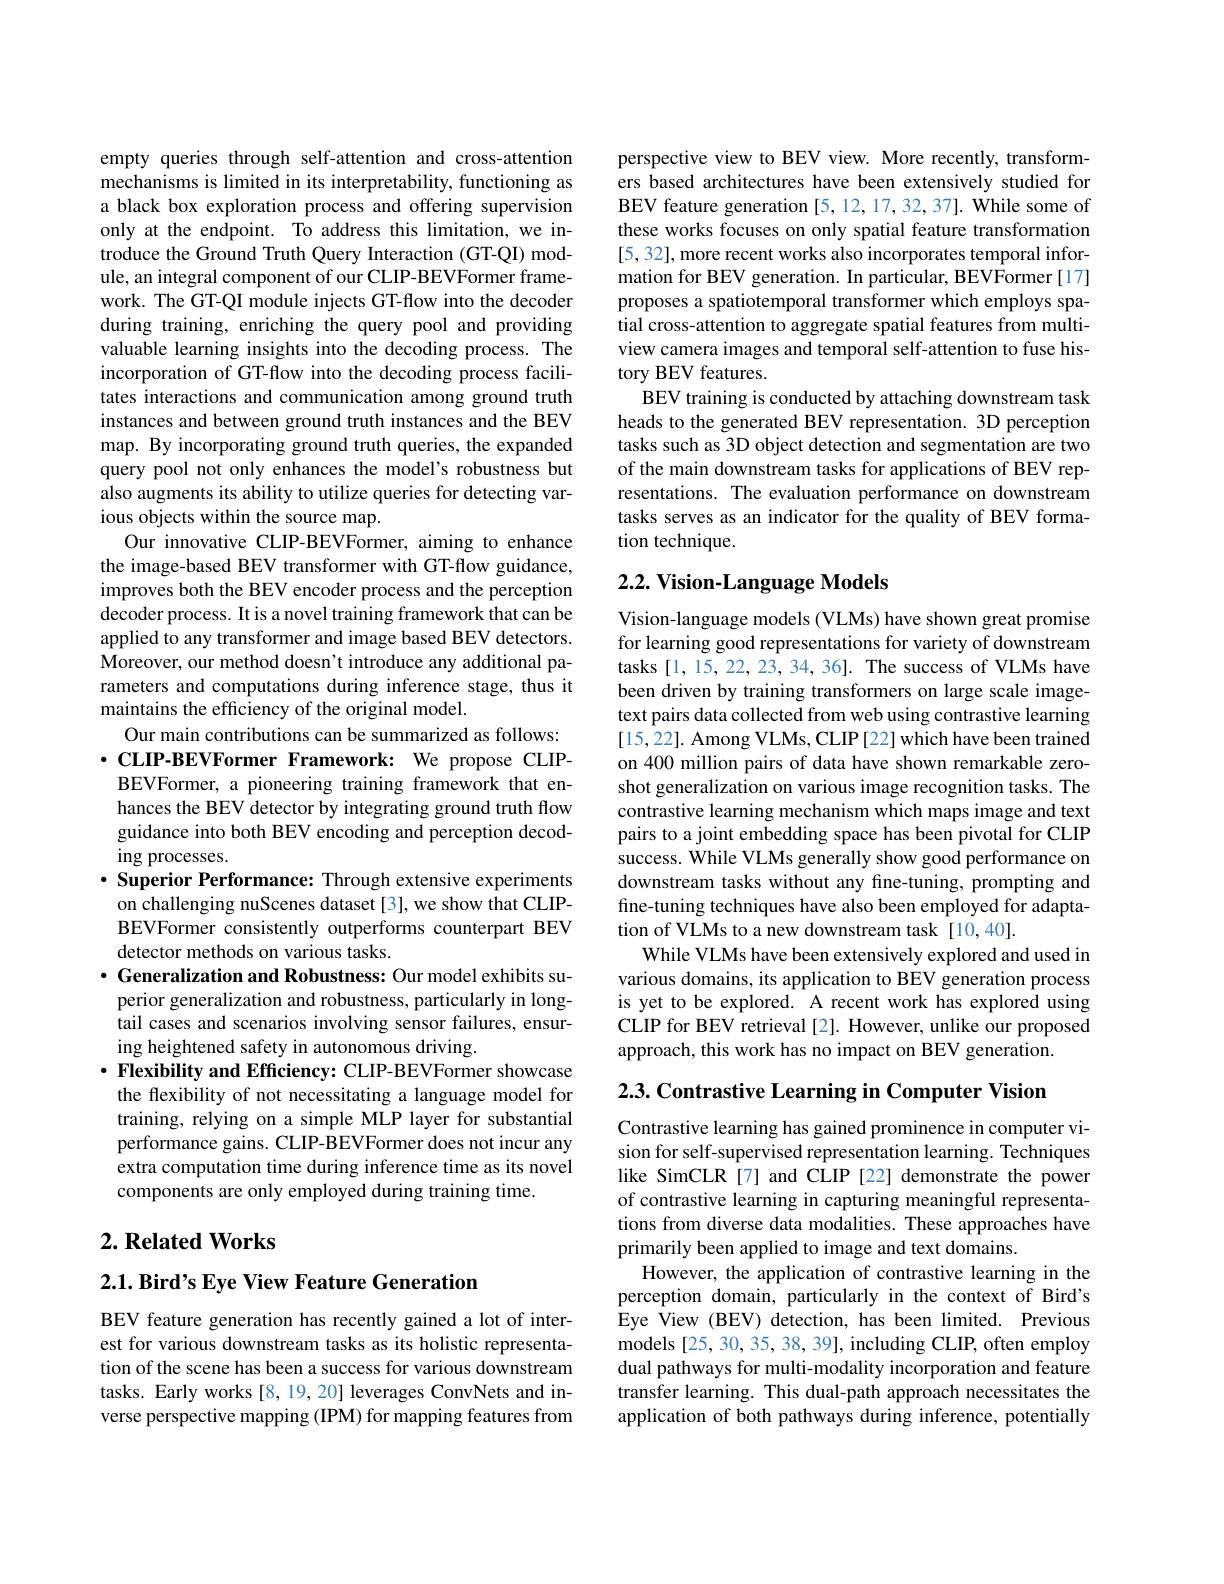
empty queries through self-attention and cross-attention mechanisms is limited in its interpretability, functioning as a black box exploration process and offering supervision only at the endpoint. To address this limitation, we introduce the Ground Truth Query Interaction (GT-QI) module, an integral component of our CLIP-BEVFormer framework. The GT-QI module injects GT-flow into the decoder during training, enriching the query pool and providing valuable learning insights into the decoding process. The incorporation of GT-flow into the decoding process facilitates interactions and communication among ground truth instances and between ground truth instances and the BEV map. By incorporating ground truth queries, the expanded query pool not only enhances the model's robustness but also augments its ability to utilize queries for detecting various objects within the source map.
Our innovative CLIP-BEVFormer, aiming to enhance the image-based BEV transformer with GT-flow guidance, improves both the BEV encoder process and the perception decoder process. It is a novel training framework that can be applied to any transformer and image based BEV detectors. Moreover, our method doesn't introduce any additional parameters and computations during inference stage, thus it maintains the efficiency of the original model.
Our main contributions can be summarized as follows: $\cdot$CLIP-BEVFormer Framework: We propose CLIPBEVFormer, a pioneering training framework that enhances the BEV detector by integrating ground truth flow guidance into both BEV encoding and perception decoding processes.
$\cdot$ Superior Performance: Through extensive experiments on challenging nuScenes dataset [3], we show that CLIPBEVFormer consistently outperforms counterpart BEV detector methods on various tasks.
$\cdot$ Generalization and Robustness: Our model exhibits superior generalization and robustness, particularly in longtail cases and scenarios involving sensor failures, ensuring heightened safety in autonomous driving.
$\cdot$ Flexibility and Efficiency: CLIP-BEVFormer showcase the flexibility of not necessitating a language model for training, relying on a simple MLP layer for substantial performance gains. CLIP-BEVFormer does not incur any extra computation time during inference time as its novel components are only employed during training time.

## $2. \textbf{Related Works}$

$2. 1. \textbf{ Bird' s Eye View Feature Generation}$

BEV feature generation has recently gained a lot of interest for various downstream tasks as its holistic representation of the scene has been a success for various downstream tasks. Early works[8,19,20] leverages ConvNets and inverse perspective mapping (IPM) for mapping features from

perspective view to BEV view. More recently, transformers based architectures have been extensively studied for BEV feature generation [5, 12, 17, 32, 37]. While some of these works focuses on only spatial feature transformation [5,32],more recent works also incorporates temporal information for BEV generation. In particular, BEVFormer[17] proposes a spatiotemporal transformer which employs spatial cross-attention to aggregate spatial features from multiview camera images and temporal self-attention to fuse history BEV features.
BEV training is conducted by attaching downstream task heads to the generated BEV representation. 3D perception tasks such as 3D object detection and segmentation are two of the main downstream tasks for applications of BEV representations. The evaluation performance on downstream tasks serves as an indicator for the quality of BEV formation technique.

## $2. 2. \textbf{ Vision- Language Models}$

Vision-language models (VLMs) have shown great promise for learning good representations for variety of downstream tasks [1,15,22,23,34,36]. The success of VLMs have been driven by training transformers on large scale imagetext pairs data collected from web using contrastive learning [15,22]. Among VLMs, CLIP[22] which have been trained on 400 million pairs of data have shown remarkable zeroshot generalization on various image recognition tasks. The contrastive learning mechanism which maps image and text pairs to a joint embedding space has been pivotal for CLIP success. While VLMs generally show good performance on downstream tasks without any fine-tuning, prompting and fine-tuning techniques have also been employed for adaptation of VLMs to a new downstream task [10,40].
While VLMs have been extensively explored and used in various domains, its application to BEV generation process is yet to be explored. A recent work has explored using CLIP for BEV retrieval [2]. However, unlike our proposed approach, this work has no impact on BEV generation.

2.3. Contrastive Learning in Computer Vision

Contrastive learning has gained prominence in computer vision for self-supervised representation learning. Techniques like SimCLR[7] and CLIP[22] demonstrate the power of contrastive learning in capturing meaningful representations from diverse data modalities. These approaches have primarily been applied to image and text domains.
However, the application of contrastive learning in the perception domain, particularly in the context of Bird's Eye View (BEV) detection, has been limited. Previous models [25, 30, 35, 38, 39], including CLIP, often employ dual pathways for multi-modality incorporation and feature transfer learning. This dual-path approach necessitates the application of both pathways during inference, potentially